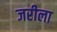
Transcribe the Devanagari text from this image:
जरीला